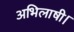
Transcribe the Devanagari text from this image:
अभिलाषी।